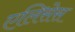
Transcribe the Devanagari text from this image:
एलिसेस